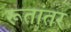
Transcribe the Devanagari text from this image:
रूतांतर